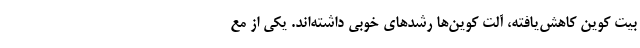
بیت کوین کاهش‌یافته، آلت کوین‌ها رشدهای خوبی داشته‌اند. یکی از مع